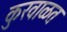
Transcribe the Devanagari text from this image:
कुरवाळत